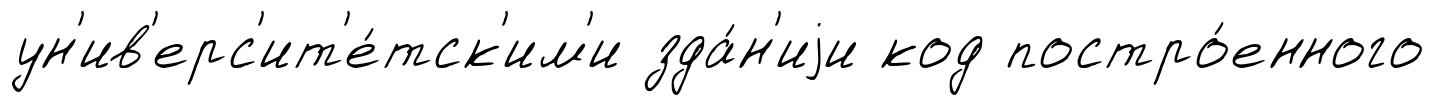
ун'ив'ерс'ит'е́тск'им'и зда́н'иjи код постро́енного